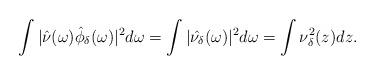
LaTeX: \begin{align*} \int |\hat{\nu}(\omega)\hat{\phi}_\delta(\omega)|^2d\omega=\int |\hat{\nu_\delta}(\omega)|^2 d\omega=\int \nu^2_\delta(z)dz. \end{align*}